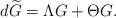
LaTeX: \begin{align*}d\widetilde{G}=\Lambda G+\Theta G.\end{align*}